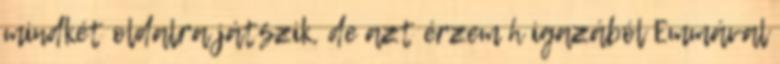
mindkét oldalra játszik, de azt érzem h igazából Emmával